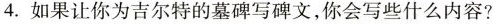
4.如果让你为吉尔特的墓碑写碑文，你会写些什么内容?